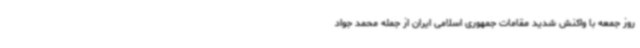
روز جمعه با واکنش شدید مقامات جمهوری اسلامی ایران از جمله محمد جواد